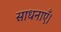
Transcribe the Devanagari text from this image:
साधनाएँ।